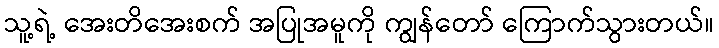
သူ့ရဲ့ အေးတိအေးစက် အပြုအမူကို ကျွန်တော် ကြောက်သွားတယ်။